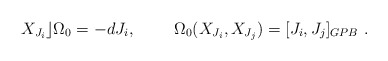
\begin{align*}X_{J_i}\rfloor\Omega_0=-dJ_i,~~~~~~~\Omega_0(X_{J_i},X_{J_j})=[J_i,J_j]_{GPB}~.\end{align*}